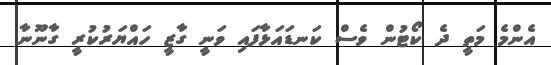
އެންމެ މަތީ ދެ ކޯޓުން ވެސް ކަނޑައަޅާފައި ވަނީ ގާޒީ ހައްޔަރުކުރީ ގާނޫނާ